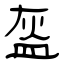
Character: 盔